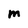
Character: M